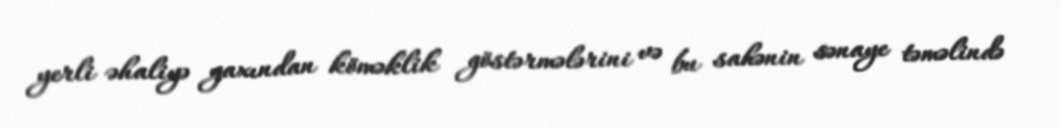
yerli əhaliyə yaxından köməklik göstərmələrini və bu sahənin sənaye təməlində